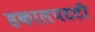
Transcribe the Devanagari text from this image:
हकालपटटी